Civil Veterinary Department. Madras. Admin. report 1926-33 - 1926-1933
Year: 1926
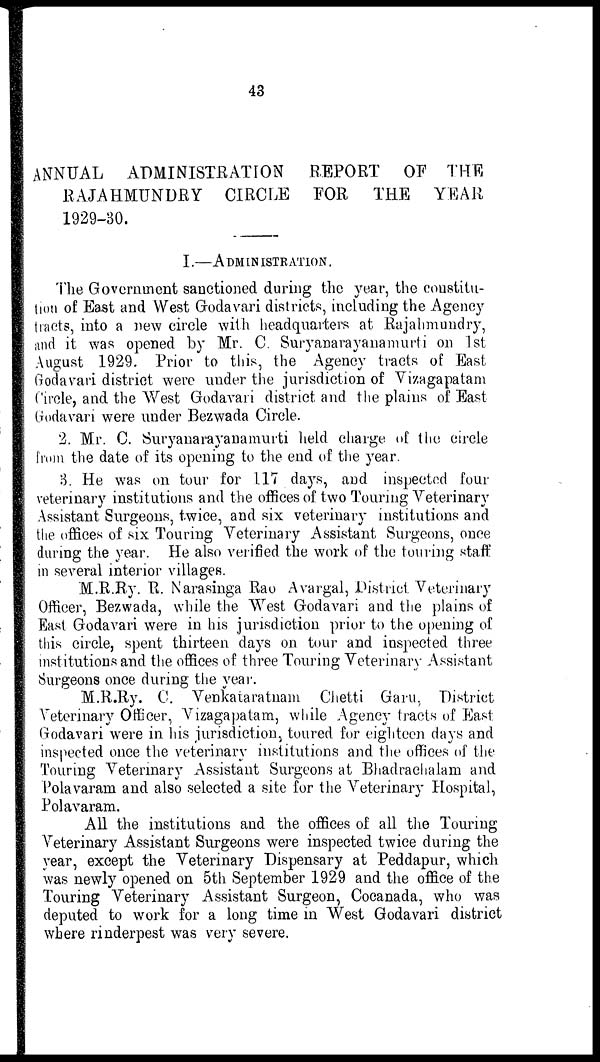
43
ANNUAL ADMINISTRATION
REPORT
OF THE
RAJAHMUNDRY CIRCLE FOR
THE
YEAR
1929-30.
I.—ADMINISTRATION.
The Government sanctioned during the year, the constitu-
tion of East and West Godavari districts, including the Agency
tracts, into a new circle with headquarters at Rajahmundry,
and it was opened by Mr. C. Suryanarayanamurti on 1st
August 1929. Prior to this, the Agency tracts of East
Godavari district were under the jurisdiction of Vizagapatam
Circle, and the West Godavari district and the plains of East
Godavari were under Bezwada Circle.
2. Mr. C. Suryanarayanamurti held charge of the circle
from the date of its opening to the end of the year.
3. He was on tour for 117 days, and inspected four
veterinary institutions and the offices of two Touring Veterinary
Assistant Surgeons, twice, and six veterinary institutions and
the offices of six Touring Veterinary Assistant Surgeons, once
during the year. He also verified the work of the touring staff
in several interior villages.
M.R.Ry. R. Narasinga Rao Avargal, District Veterinary
Officer, Bezwada, while the West Godavari and the plains of
East Godavari were in his jurisdiction prior to the opening of
this circle, spent thirteen days on tour and inspected three
institutions and the offices of three Touring Veterinary Assistant
Surgeons once during the year.
M.R.Ry. C. Venkataratnam Chetti Garu, District
Veterinary Officer, Vizagapatam, while Agency tracts of East
Godavari were in his jurisdiction, toured for eighteen days and
inspected once the veterinary institutions and the offices of the
Touring Veterinary Assistant Surgeons at Bhadrachalam and
Polavaram and also selected a site for the Veterinary Hospital,
Polavaram.
All the institutions and the offices of all the Touring
Veterinary Assistant Surgeons were inspected twice during the
year, except the Veterinary Dispensary at Peddapur, which
was newly opened on 5th September 1929 and the office of the
Touring Veterinary Assistant Surgeon, Cocanada, who was
deputed to work for a long time in West Godavari district
where rinderpest was very severe.